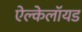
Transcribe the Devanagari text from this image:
ऐल्केलॉयड